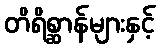
တိရိစ္ဆာန်များနှင့်